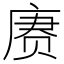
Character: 赓